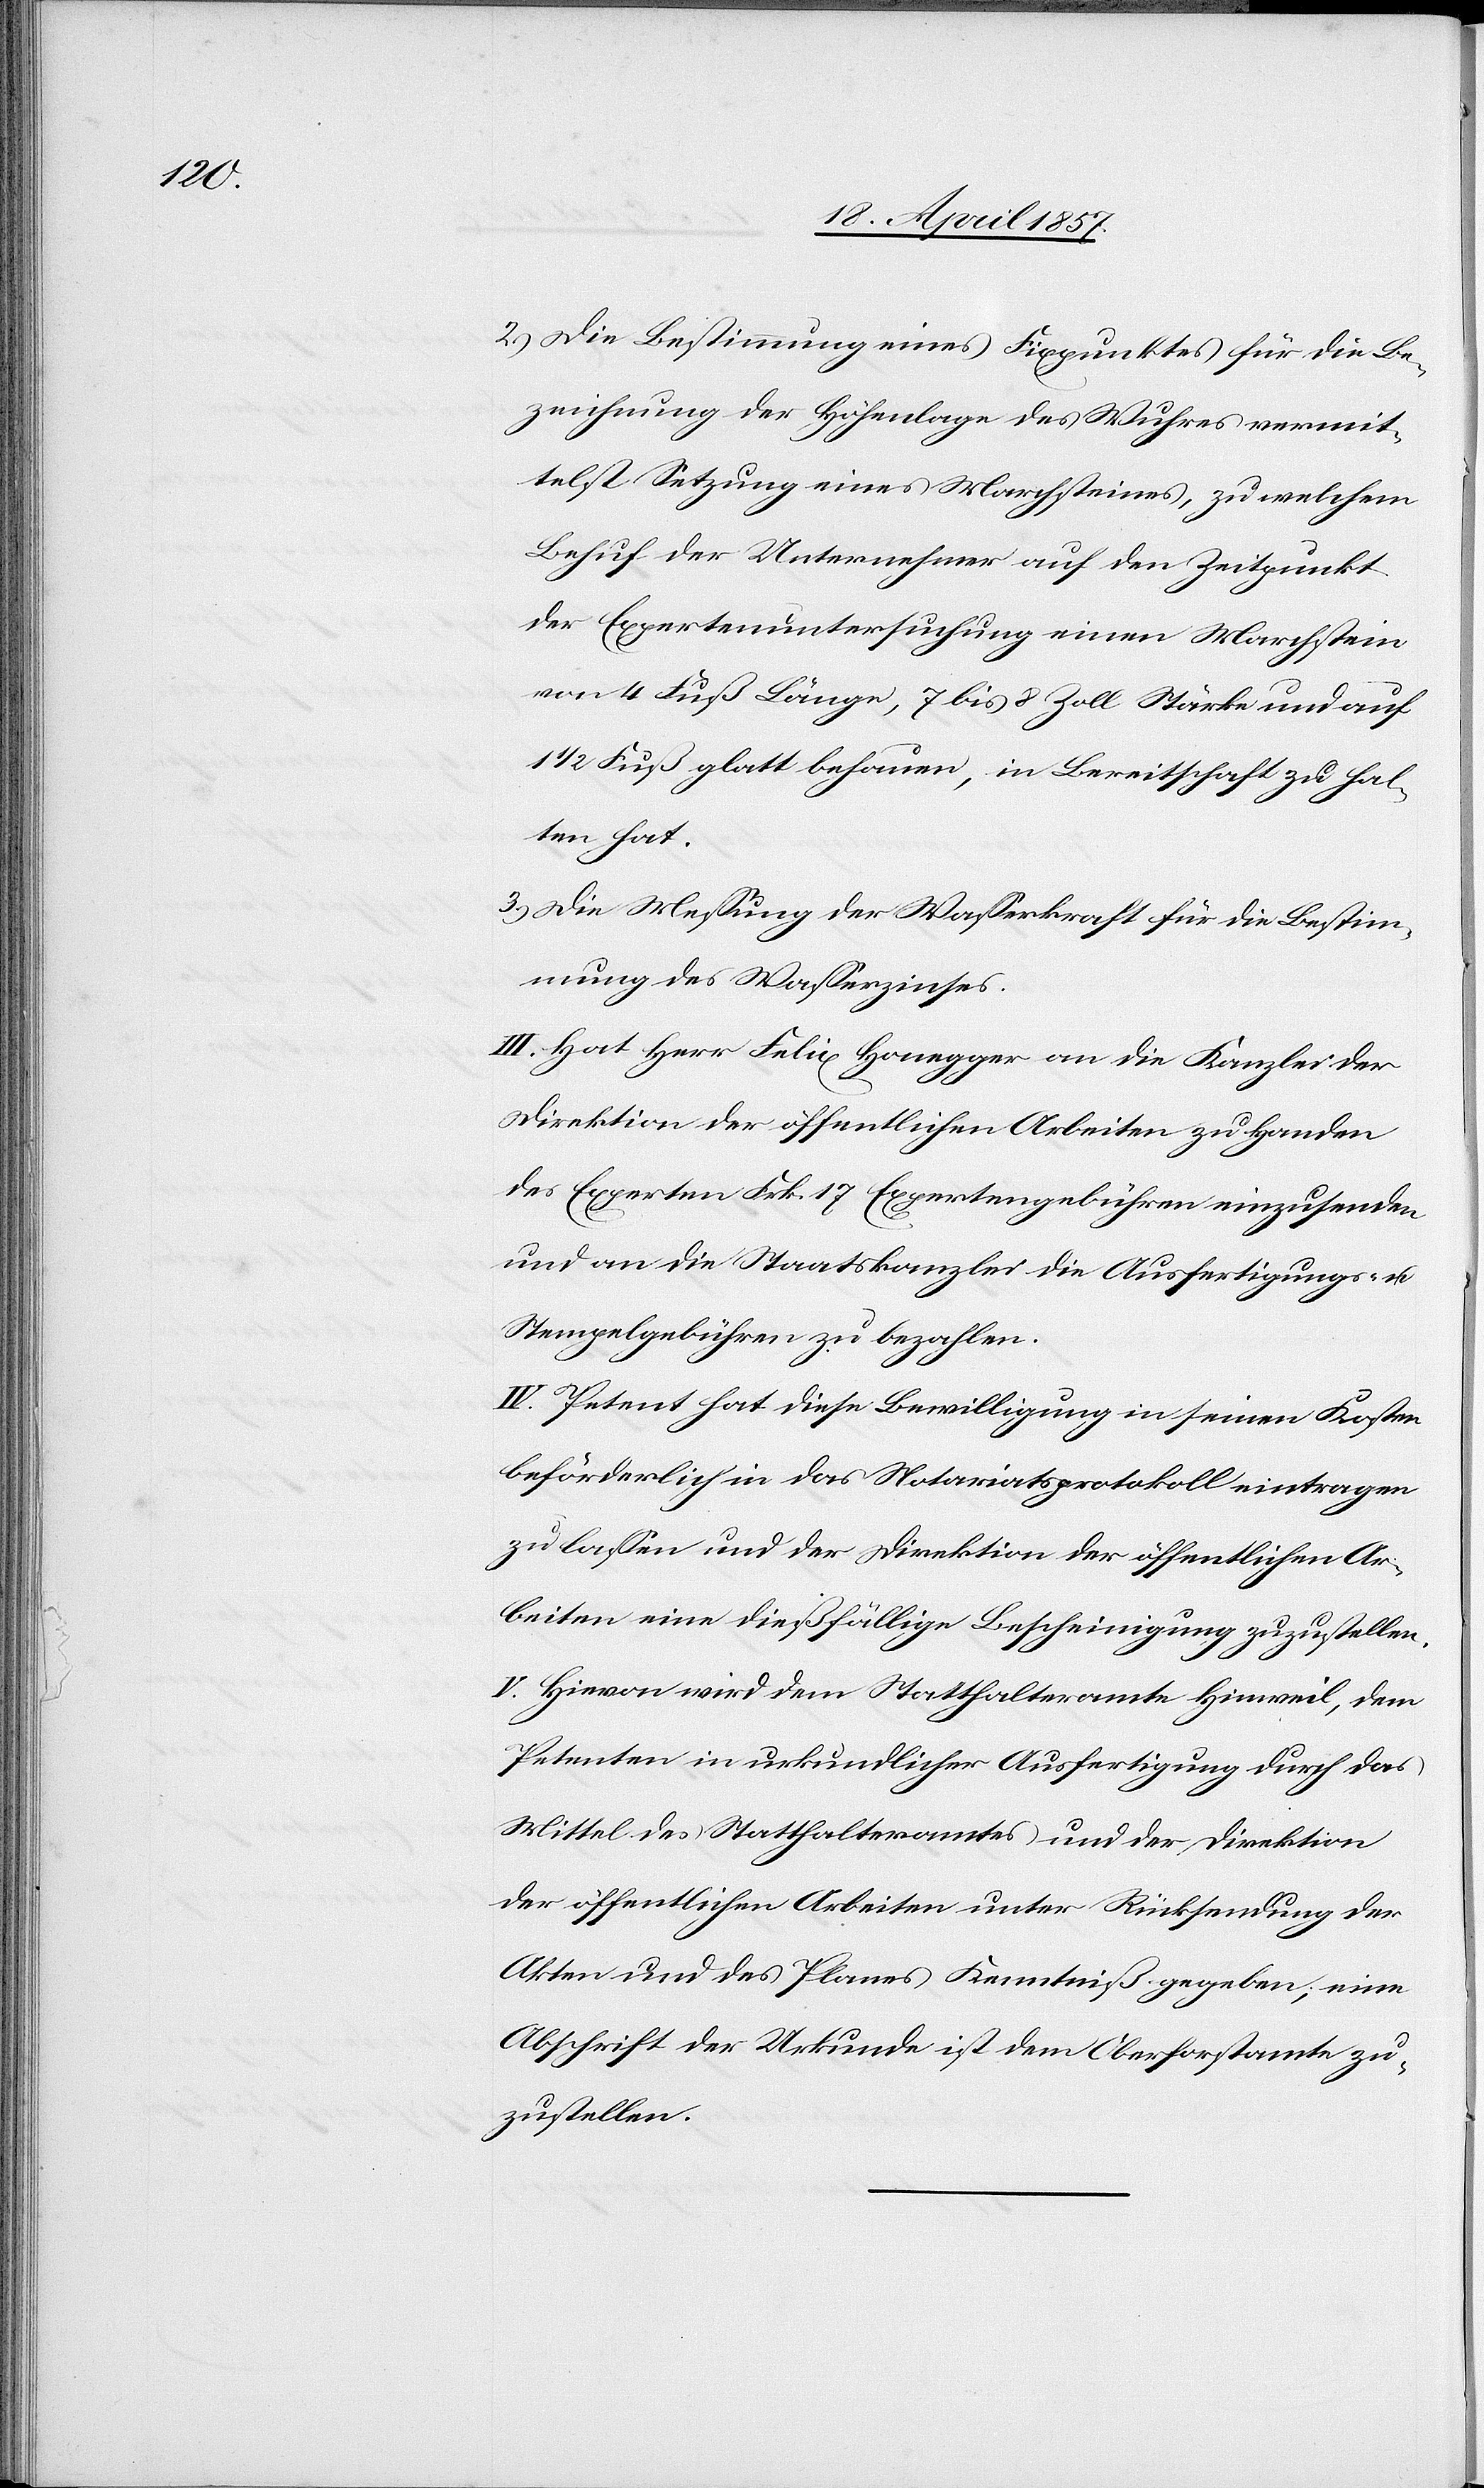
2.) Die Bestimmung eines Fixpunktes für die Be¬
zeichnung der Höhenlage des Wuhres vermit¬
telst Setzung eines Marchsteines, zu welchem
Behuf der Unternehmer auf den Zeitpunkt
der Expertenuntersuchung einen Marchstein
von 4 Fuß Länge, 7 bis 8 Zoll Stärke und auf
1/2 Fuß glatt behauen, in Bereitschaft zu hal¬
ten hat.
3.) Die Messung der Wasserkraft für die Bestim¬
mung des Wasserzinses.
III. Hat Herr Felix Honegger an die Kanzlei der
Direktion der öffentlichen Arbeiten zu Handen
des Experten Frk. 17 Expertengebühren einzusenden
und an die Staatskanzlei die Ausfertigungs- u.
Stempelgebühren zu bezahlen.
IV. Petent hat diese Bewilligung in seinen Kosten
beförderlich in das Notariatsprotokoll eintragen
zu lassen und der Direktion der öffentlichen Ar¬
beiten eine dießfällige Bescheinigung zuzustellen.
V. Hievon wird dem Statthalteramte Hinweil, dem
Petenten in urkundlicher Ausfertigung durch das
Mittel des Statthalteramtes und der Direktion
der öffentlichen Arbeiten unter Rücksendung der
Akten und des Planes Kenntniß gegeben, eine
Abschrift der Urkunde ist dem Oberforstamte zu¬
zustellen.